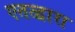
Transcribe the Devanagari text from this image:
एतत्द्वारा